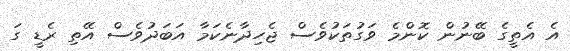
އެ އެތީގެ ބޭނުން ކޮންމެ ވަގުތަކުވެސް ޖެހިދާނެކަމާ އަބަދުވެސް އޭތި ރެޑީ ގަ